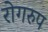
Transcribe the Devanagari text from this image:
रोगरुप